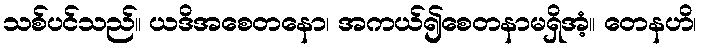
သစ်ပင်သည်။ ယဒိအစေတနော၊ အကယ်၍စေတနာမရှိအံ့။ တေနဟိ၊